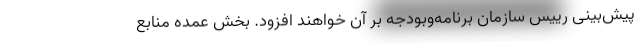
پیش‌بینی رییس سازمان برنامه‌وبودجه بر آن خواهند افزود. بخش عمده منابع